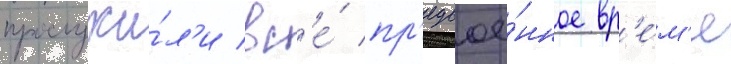
прослужи́л'и вс'е́ пр'едвое́нное вр'е́м'я